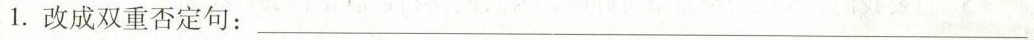
1.改成双重否定句：___